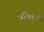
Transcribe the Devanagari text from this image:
बिल्लियँ